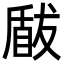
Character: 瞂